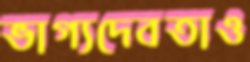
ভাগ্যদেবতাও